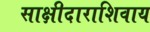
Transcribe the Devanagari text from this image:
साक्षीदाराशिवाय